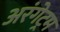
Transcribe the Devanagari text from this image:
अरंगेट्रम